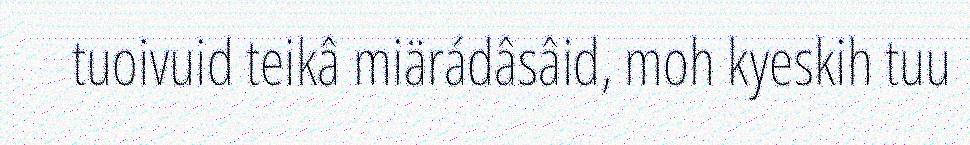
tuoivuid teikâ miärádâsâid, moh kyeskih tuu